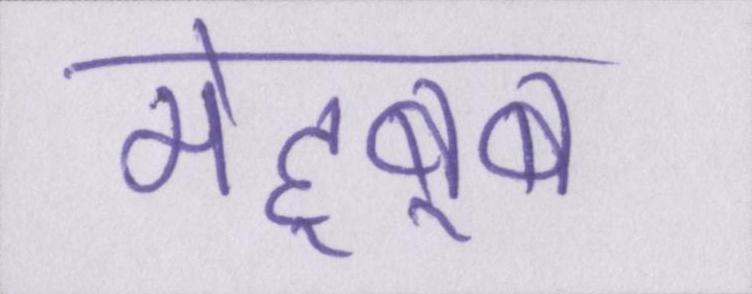
मेह्बूब